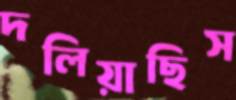
দলিয়াছিস